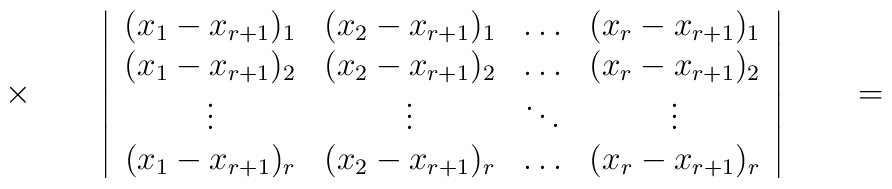
\times\qquad\left\vert\begin{array}{cccc}(x_1-x_{r+1})_1 & (x_2-x_{r+1})_1 & \ldots & (x_r-x_{r+1})_1 \\(x_1-x_{r+1})_2 & (x_2-x_{r+1})_2 & \ldots & (x_r-x_{r+1})_2 \\     \vdots     &      \vdots     & \ddots &      \vdots     \\(x_1-x_{r+1})_r & (x_2-x_{r+1})_r & \ldots & (x_r-x_{r+1})_r\end{array}\right\vert\qquad=\qquad